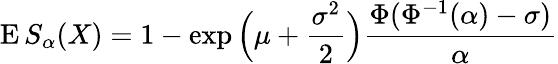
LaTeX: \operatorname{E}S_{\alpha}(X)=1-\exp{\Bigl(}\mu+{\frac{\sigma^{2}}{2}}{\Bigr)}{\frac{\Phi(\Phi^{-1}(\alpha)-\sigma)}{\alpha}}